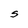
Character: S